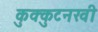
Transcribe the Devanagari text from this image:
कुक्कुटनखी